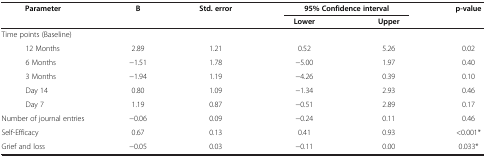
<table><thead><tr><td><b>Parameter</b></td><td><b>B</b></td><td><b>Std. error</b></td><td colspan="2"><b>95% Confidence interval</b></td><td><b>p-value</b></td></tr><tr><td><b> </b></td><td><b> </b></td><td><b> </b></td><td><b>Lower</b></td><td><b>Upper</b></td><td><b> </b></td></tr></thead><tbody><tr><td>Time points (Baseline)</td><td> </td><td> </td><td> </td><td> </td><td> </td></tr><tr><td>12 Months</td><td>2.89</td><td>1.21</td><td>0.52</td><td>5.26</td><td>0.02</td></tr><tr><td>6 Months</td><td>−1.51</td><td>1.78</td><td>−5.00</td><td>1.97</td><td>0.40</td></tr><tr><td>3 Months</td><td>−1.94</td><td>1.19</td><td>−4.26</td><td>0.39</td><td>0.10</td></tr><tr><td>Day 14</td><td>0.80</td><td>1.09</td><td>−1.34</td><td>2.93</td><td>0.46</td></tr><tr><td>Day 7</td><td>1.19</td><td>0.87</td><td>−0.51</td><td>2.89</td><td>0.17</td></tr><tr><td>Number of journal entries</td><td>−0.06</td><td>0.09</td><td>−0.24</td><td>0.11</td><td>0.46</td></tr><tr><td>Self-Efficacy</td><td>0.67</td><td>0.13</td><td>0.41</td><td>0.93</td><td>&lt;0.001*</td></tr><tr><td>Grief and loss</td><td>−0.05</td><td>0.03</td><td>−0.11</td><td>0.00</td><td>0.033*</td></tr></tbody></table>